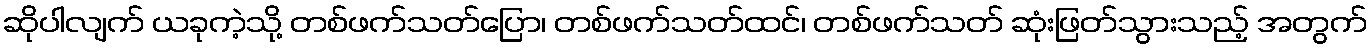
ဆိုပါလျက် ယခုကဲ့သို့ တစ်ဖက်သတ်ပြော၊ တစ်ဖက်သတ်ထင်၊ တစ်ဖက်သတ် ဆုံးဖြတ်သွားသည့် အတွက်